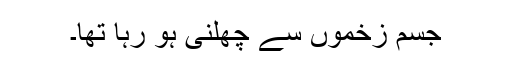
جسم زخموں سے چھلنی ہو رہا تھا۔